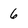
Character: 6